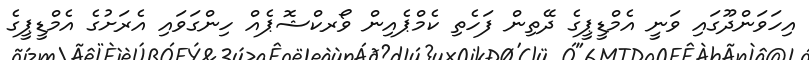
އިހަވަންދޫގައި ވަނީ އެމްޑީޕީގެ ދޭތިން ފަހެތި ކެމްޕެއިން ވޯރކްޝޮޕެއް ހިންގަވައި އެރަށުގެ އެމްޑީޕީގެ